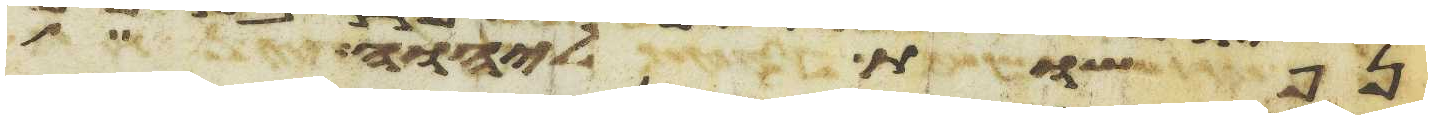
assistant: נפשות ליהוה